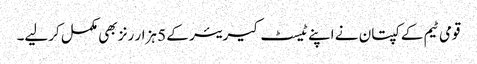
قومی ٹیم کے کپتان نے اپنے ٹیسٹ کیریئر کے 5 ہزار رنز بھی مکمل کرلیے۔